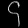
Digit: ၄